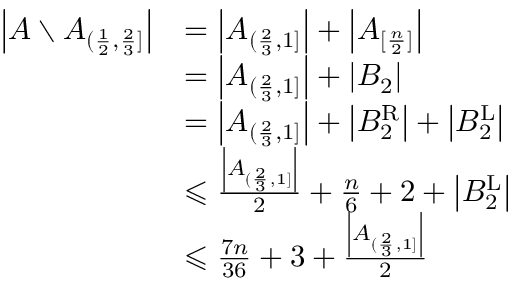
\begin{array} { r l } { \left| A \setminus A _ { ( \frac { 1 } { 2 } , \frac { 2 } { 3 } ] } \right| } & { = \left| A _ { ( \frac { 2 } { 3 } , 1 ] } \right| + \left| A _ { [ \frac { n } { 2 } ] } \right| } \\ & { = \left| A _ { ( \frac { 2 } { 3 } , 1 ] } \right| + | B _ { 2 } | } \\ & { = \left| A _ { ( \frac { 2 } { 3 } , 1 ] } \right| + \left| B _ { 2 } ^ { \operatorname { R } } \right| + \left| B _ { 2 } ^ { \operatorname { L } } \right| } \\ & { \leqslant \frac { \left| A _ { ( \frac { 2 } { 3 } , 1 ] } \right| } { 2 } + \frac { n } { 6 } + 2 + \left| B _ { 2 } ^ { \operatorname { L } } \right| } \\ & { \leqslant \frac { 7 n } { 3 6 } + 3 + \frac { \left| A _ { ( \frac { 2 } { 3 } , 1 ] } \right| } { 2 } } \end{array}